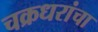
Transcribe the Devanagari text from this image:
चक्रधरांचा